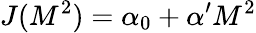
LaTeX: J(M^{2})=\alpha_{0}+\alpha^{\prime}M^{2}